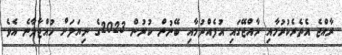
ރާއްޖެ އެތެރެކުރުމާއި ރާއްޖޭގައި އުފެއްދުމާއި ބޭނުން ކުރުން 2023ގެ ނިޔަލަށް ހުއްޓާލާނެ އެވެ.